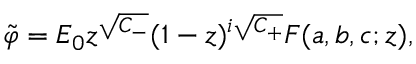
\tilde { \varphi } = E _ { 0 } z ^ { \sqrt { C _ { - } } } ( 1 - z ) ^ { i \sqrt { C _ { + } } } F ( a , b , c ; z ) ,